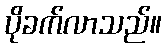
ပိုခက်လာသည်။